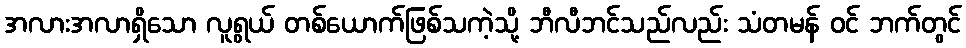
အလားအလာရှိသော လူရွယ် တစ်ယောက်ဖြစ်သကဲ့သို့ ဘီလီဘင်သည်လည်း သံတမန် ဝင် ဘက်တွင်